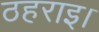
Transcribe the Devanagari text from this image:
ठहराइ।